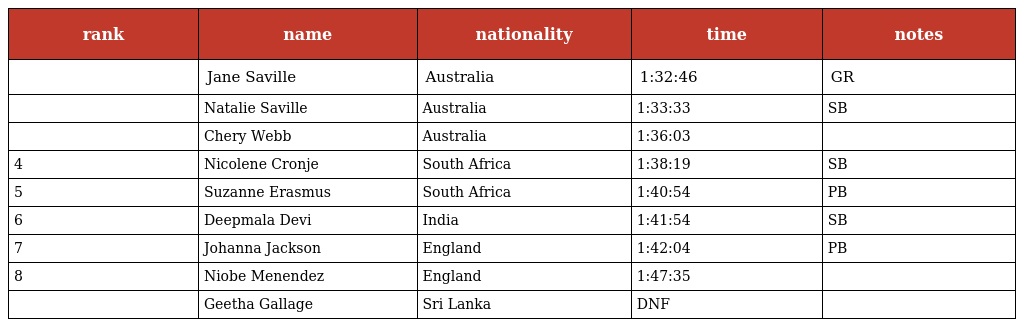
| rank | name | nationality | time | notes |
 | --- | --- | --- | --- | --- |
 |  | Jane Saville | Australia | 1:32:46 | GR |
 |  | Natalie Saville | Australia | 1:33:33 | SB |
 |  | Chery Webb | Australia | 1:36:03 |  |
 | 4 | Nicolene Cronje | South Africa | 1:38:19 | SB |
 | 5 | Suzanne Erasmus | South Africa | 1:40:54 | PB |
 | 6 | Deepmala Devi | India | 1:41:54 | SB |
 | 7 | Johanna Jackson | England | 1:42:04 | PB |
 | 8 | Niobe Menendez | England | 1:47:35 |  |
 |  | Geetha Gallage | Sri Lanka | DNF |  |